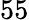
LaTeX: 55